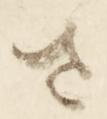
さ